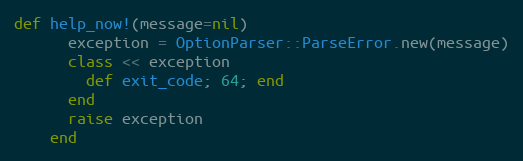
Language: Ruby
def help_now!(message=nil)
      exception = OptionParser::ParseError.new(message)
      class << exception
        def exit_code; 64; end
      end
      raise exception
    end